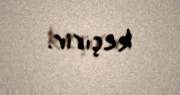
keçirir.